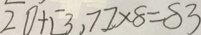
2 0 + [ 3 , 7 ] \times 8 = 8 3